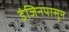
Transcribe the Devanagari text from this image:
इंजिनपासून